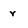
Character: r